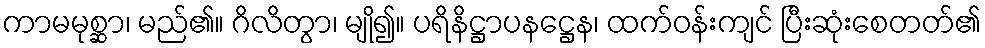
ကာမမုစ္ဆာ၊ မည်၏။ ဂိလိတွာ၊ မျို၍။ ပရိနိဋ္ဌာပနဋ္ဌေန၊ ထက်ဝန်းကျင် ပြီးဆုံးစေတတ်၏